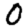
Digit: 0